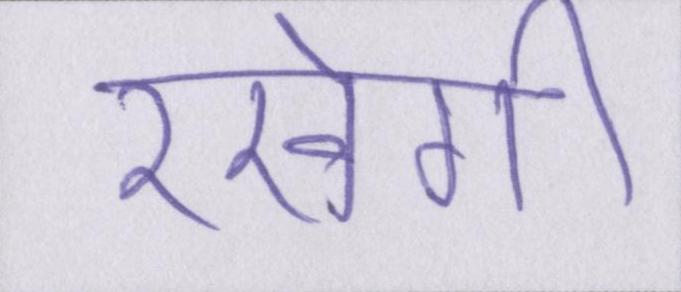
रखेगी